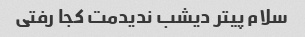
سلام پیتر دیشب ندیدمت کجا رفتی